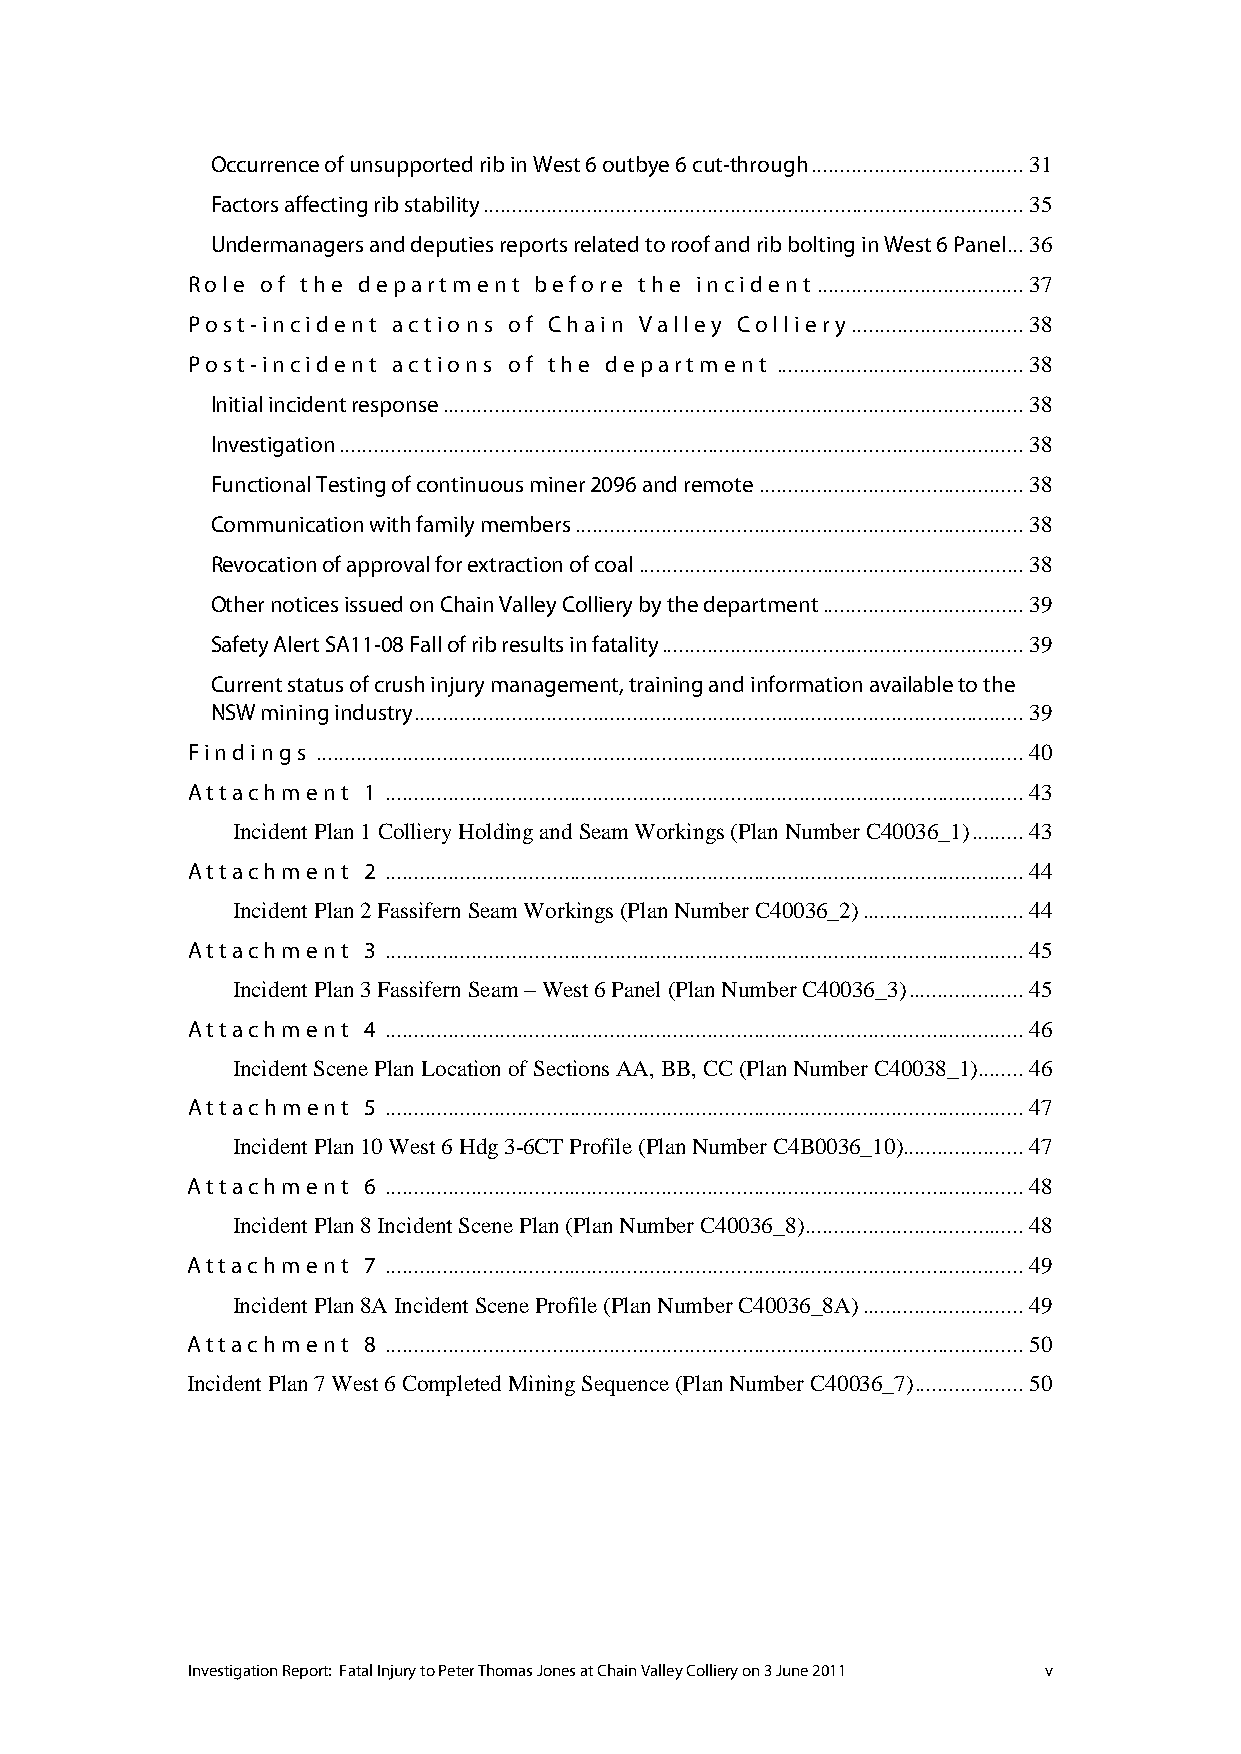
Occurrence of unsupported rib in West 6 outbye 6 cut-through ..................................... 31
 Factors affecting rib stability .............................................................................................. 35
 Undermanagers and deputies reports related to roof and rib bolting in West 6 Panel... 36
 Role of the department before the incident .................................... 37
 Post-incident actions of Chain Valley Colliery .............................. 38
 Post-incident actions of the department ........................................... 38
 Initial incident response ..................................................................................................... 38
 Investigation ....................................................................................................................... 38
 Functional Testing of continuous miner 2096 and remote .............................................. 38
 Communication with family members .............................................................................. 38
 Revocation of approval for extraction of coal ................................................................... 38
 Other notices issued on Chain Valley Colliery by the department ................................... 39
 Safety Alert SA11-08 Fall of rib results in fatality ............................................................... 39
 Current status of crush injury management, training and information available to the
 NSW mining industry .......................................................................................................... 39
 Findings ........................................................................................................................... 40
 Attachment  1 ............................................................................................................... 43
 Incident Plan 1 Colliery Holding and Seam Workings (Plan Number C40036_1) ......... 43
 Attachment  2 ............................................................................................................... 44
 Incident Plan 2 Fassifern Seam Workings (Plan Number C40036_2) ............................ 44
 Attachment  3 ............................................................................................................... 45
 Incident Plan 3 Fassifern Seam – West 6 Panel (Plan Number C40036_3) .................... 45
 Attachment  4 ............................................................................................................... 46
 Incident Scene Plan Location of Sections AA, BB, CC (Plan Number C40038_1) ........ 46
 Attachment  5 ............................................................................................................... 47
 Incident Plan 10 West 6 Hdg 3-6CT Profile (Plan Number C4B0036_10)..................... 47
 Attachment  6 ............................................................................................................... 48
 Incident Plan 8 Incident Scene Plan (Plan Number C40036_8) ...................................... 48
 Attachment  7 ............................................................................................................... 49
 Incident Plan 8A Incident Scene Profile (Plan Number C40036_8A) ............................ 49
 Attachment  8 ............................................................................................................... 50
 Incident Plan 7 West 6 Completed Mining Sequence (Plan Number C40036_7) ................... 50
 Investigation Report: Fatal Injury to Peter Thomas Jones at Chain Valley Colliery on 3 June 2011 v